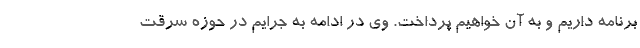
برنامه داریم و به آن خواهیم پرداخت. وی در ادامه به جرایم در حوزه سرقت